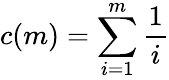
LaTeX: c(m)=\sum_{i=1}^{m}{\frac{1}{i}}